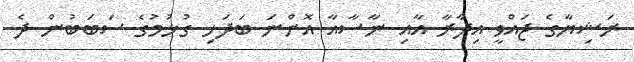
ރަޝިޔާގެ ޖައްވީ އިދާރާ އާއި ނާސާއާ އޮންނަ ބަދަހި ގުޅުމުގެ ސަބަބުން ދެ